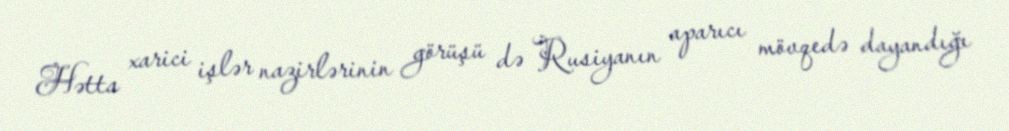
Hətta xarici işlər nazirlərinin görüşü də Rusiyanın aparıcı mövqedə dayandığı